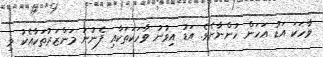
ވާހަކަ އަޑު އަހަން ހުންނާށެވެ. އަޑު އިވުނު ވާހަކަތަކާއި ފެނުނު މަންޒަރުތަކާއެކު މި